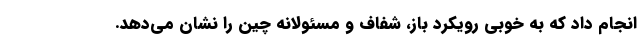
انجام داد که به خوبی رویکرد باز، شفاف و مسئولانه چین را نشان می‌دهد.